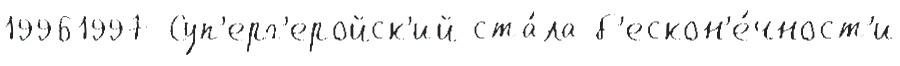
19961997 Суп'ерг'еройск'ий ста́ла б'ескон'е́чност'и